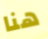
هنا